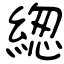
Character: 緫